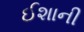
ઈશાની